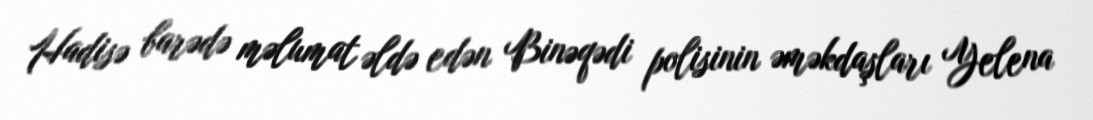
Hadisə barədə məlumat əldə edən Binəqədi polisinin əməkdaşları Yelena